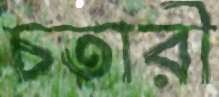
চতারী